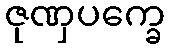
ဇုဏှပက္ခေ